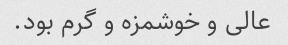
عالی و خوشمزه و گرم بود.